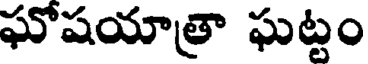
ఘోషయాత్రా ఘట్టం